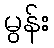
မွန်း